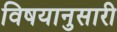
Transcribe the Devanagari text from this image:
विषयानुसारी